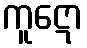
ကူဋော